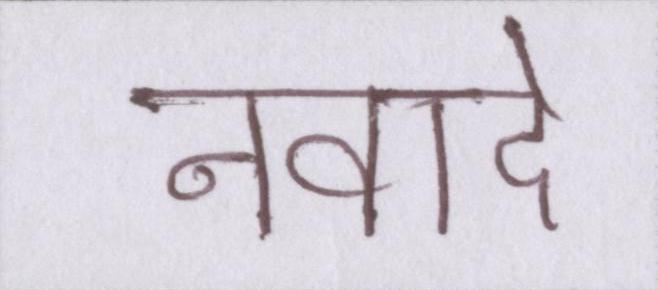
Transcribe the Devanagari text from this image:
नवादे